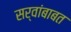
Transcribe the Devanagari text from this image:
सर्वांबाबत